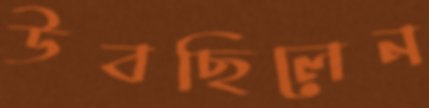
উবছিলেন